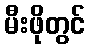
မီးဖိုတွင်